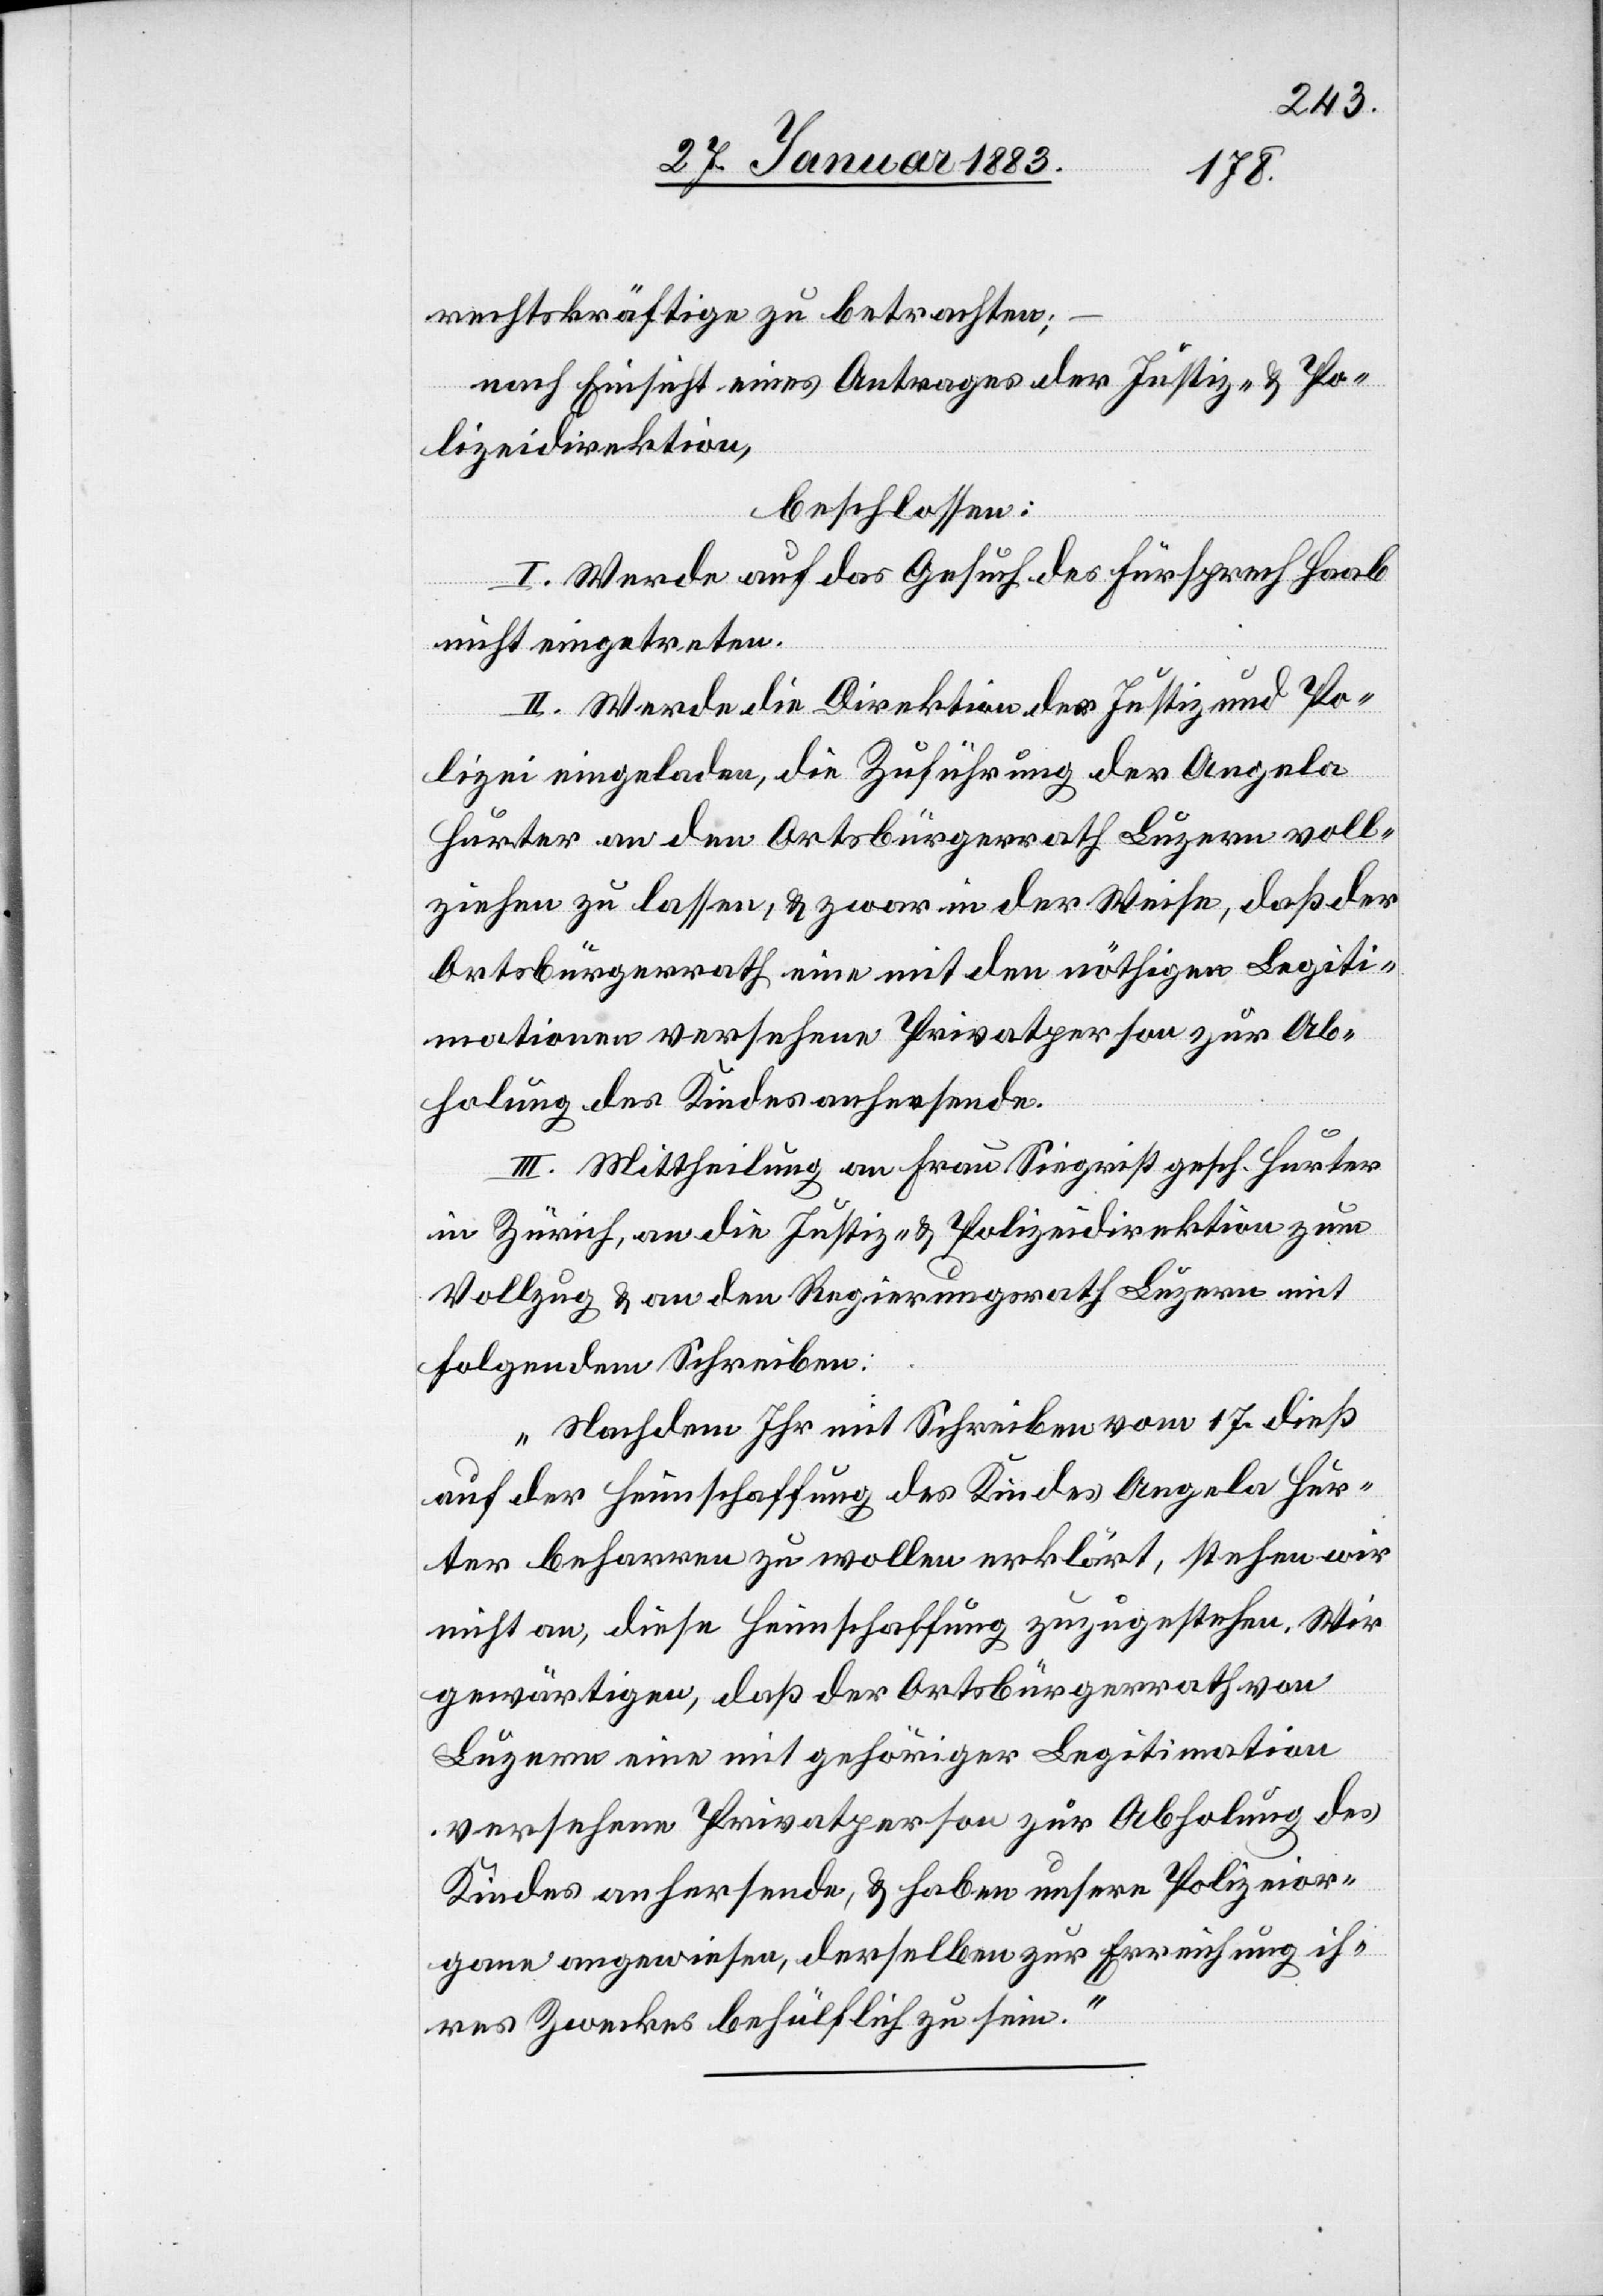
rechtskräftige zu betrachten;
nach Einsicht eines Antrages der Justiz- & Po¬
lizeidirektion,
beschlossen:
I. Werde auf des Gesuch des Fürsprech Haab
nicht eingetreten.
II. Werde die Direktion der Justiz und Po¬
lizei eingeladen, die Zuführung der Angela
Hurter an den Ortsbürgerrath Luzern voll¬
ziehen zu lassen, & zwar in der Weise, daß der
Ortsbürgerrath eine mit den nöthigen Legiti¬
mationen versehene Privatperson zur Ab¬
holung des Kindes anhersende.
III. Mittheilung an Frau Siegrist gesch. Hurter
in Zürich, an die Justiz- & Polizeidirektion zum
Vollzug & an den Regierungsrath Luzern mit
folgendem Schreiben:
„Nachdem Ihr mit Schreiben vom 17. dieß
auf der Heimschaffung des Kindes Angela Hur¬
ter beharren zu wollen erklärt, stehen wir
nicht an, diese Heimschaffung zuzugestehen. Wir
gewärtigen, daß der Ortsbürgerrath von
Luzern eine mit gehöriger Legitimation
versehene Privatperson zur Abholung des
Kindes anhersende, & haben unsere Polizeior¬
gane angewiesen, derselben zur Erreichung ih¬
res Zweckes behülflich zu sein.“